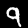
Digit: 9